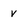
Character: v